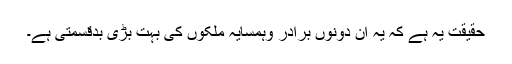
حقیقت یہ ہے کہ یہ ان دونوں برادر وہمسایہ ملکوں کی بہت بڑی بدقسمتی ہے۔